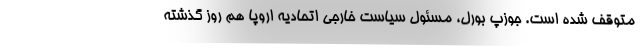
متوقف شده است. جوزپ بورل، مسئول سیاست خارجی اتحادیه اروپا هم روز گذشته